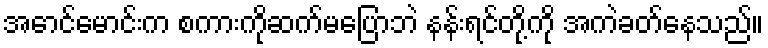
အောင်မောင်းက စကားကိုဆက်မပြောဘဲ နန်းရင်တို့ကို အကဲခတ်နေသည်။